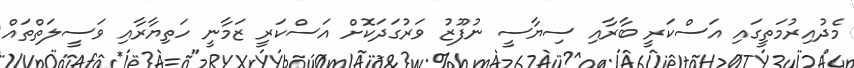
މެދުއިރުމަތީގައި އަސްކަރީ ބާރާއި ސިޔާސީ ނުފޫޒު ވަރުގަދަކޮށް އަސްކަރީ ޒަމާނީ ހަތިޔާރާއި ވަސީލަތްތައް